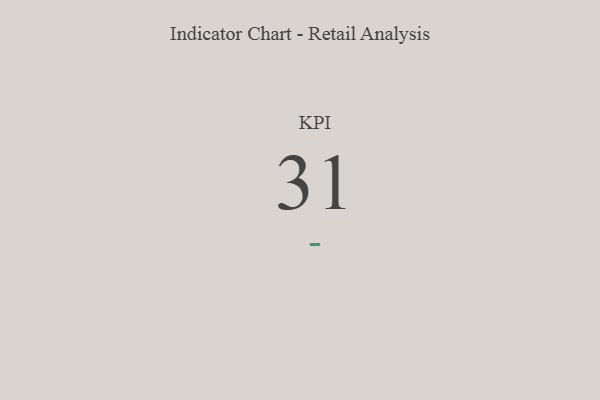
{"axis": {"x": "KPI", "y": "Value"}, "legend": [""], "data": [{"x": "KPI", "y": 31, "type": ""}]}